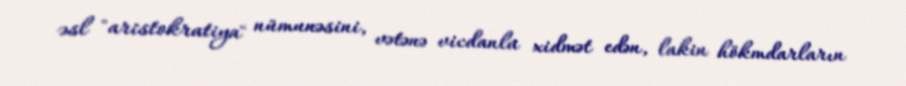
əsl "aristokratiya" nümunəsini, vətənə vicdanla xidmət edən, lakin hökmdarların